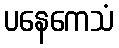
ပနေကေသံ